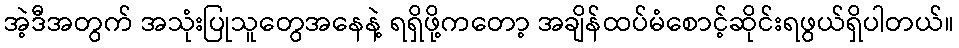
အဲ့ဒီအတွက် အသုံးပြုသူတွေအနေနဲ့ ရရှိဖို့ကတော့ အချိန်ထပ်မံစောင့်ဆိုင်းရဖွယ်ရှိပါတယ်။